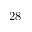
2 8